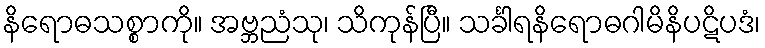
နိရောဓသစ္စာကို။ အဗ္ဘညံသု၊ သိကုန်ပြီ။ သင်္ခါရနိရောဓဂါမိနိပဋိပဒံ၊